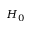
H _ { 0 }